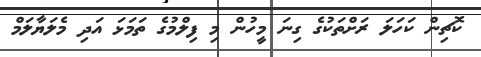
ކޮޗިން ކަހަލަ ރަށްތަކުގެ ގިނަ މީހުން މި ފިލްމުގެ ތަމަޅަ އަދި މެލަޔާލަމް